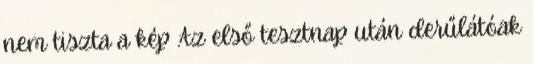
nem tiszta a kép Az első tesztnap után derűlátóak